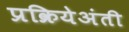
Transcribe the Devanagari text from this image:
प्रक्रियेअंती